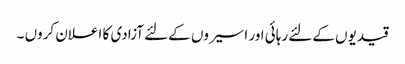
قیدیوں کےلئے رہائی اور اسیروں کےلئے آزادی کا اعلان کروں ۔